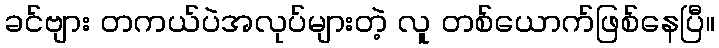
ခင်ဗျား တကယ်ပဲအလုပ်များတဲ့ လူ တစ်ယောက်ဖြစ်နေပြီ။